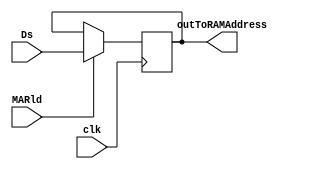
/* Module of MAR
   Programmed by: Lianne Snchez Rodrguez
   Phase 4 
   Professor: Nestor Rodrguez 
*/
module mar(output reg [31:0] outToRAMAddress, input [31:0] Ds, input MARld, input clk);
	initial begin
	 //	outToRAMAddress = 32'b00000000000000000000000000000000;
	end
	always @(posedge clk) 
		begin
			// #5;
			if (MARld == 1)
				outToRAMAddress = Ds;
		end
	 always @(outToRAMAddress)begin 
	 	//	$display("CAMBIE BITCHHHHH !!!!!    MAR %d", outToRAMAddress);
	 end
endmodule

// module marRegister; 
// 	// Inputs of ALU
	
// 	reg [31:0] in;
// 	reg MARld;
// 	reg clk=0;
// 	//Outputs of ALU module
// 	wire [31:0] out;
// 	//test duration
// 	parameter stop_time = 10590;

// 	mar mar(out, in, MARld, clk);
// 	initial #stop_time $finish;

// 	initial begin

// 	#10 in= 32'b0000; MARld = 1;  
//  	#10 in= 32'b0011; #30 MARld=0;
//  	#30 in= 32'b1100; 
//  	#40 in= 32'b1111;

// 	end
// 		initial begin
// 		repeat (500) begin
// 			#5 clk = ~clk;
// 		end
// 	end
// 	initial begin
// 		$display ("\n\n\t\tInput\t\t\tOutput\t\t\tMARld");
// 		$monitor ("%0d\t%b\t\t%b\t%b", $time,in, out, MARld);
// 	end
	
//  endmodule